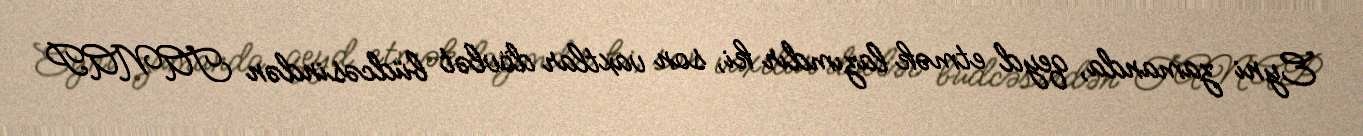
Eyni zamanda, qeyd etmək lazımdır ki, son vaxtlar dövlət büdcəsindən TANAP